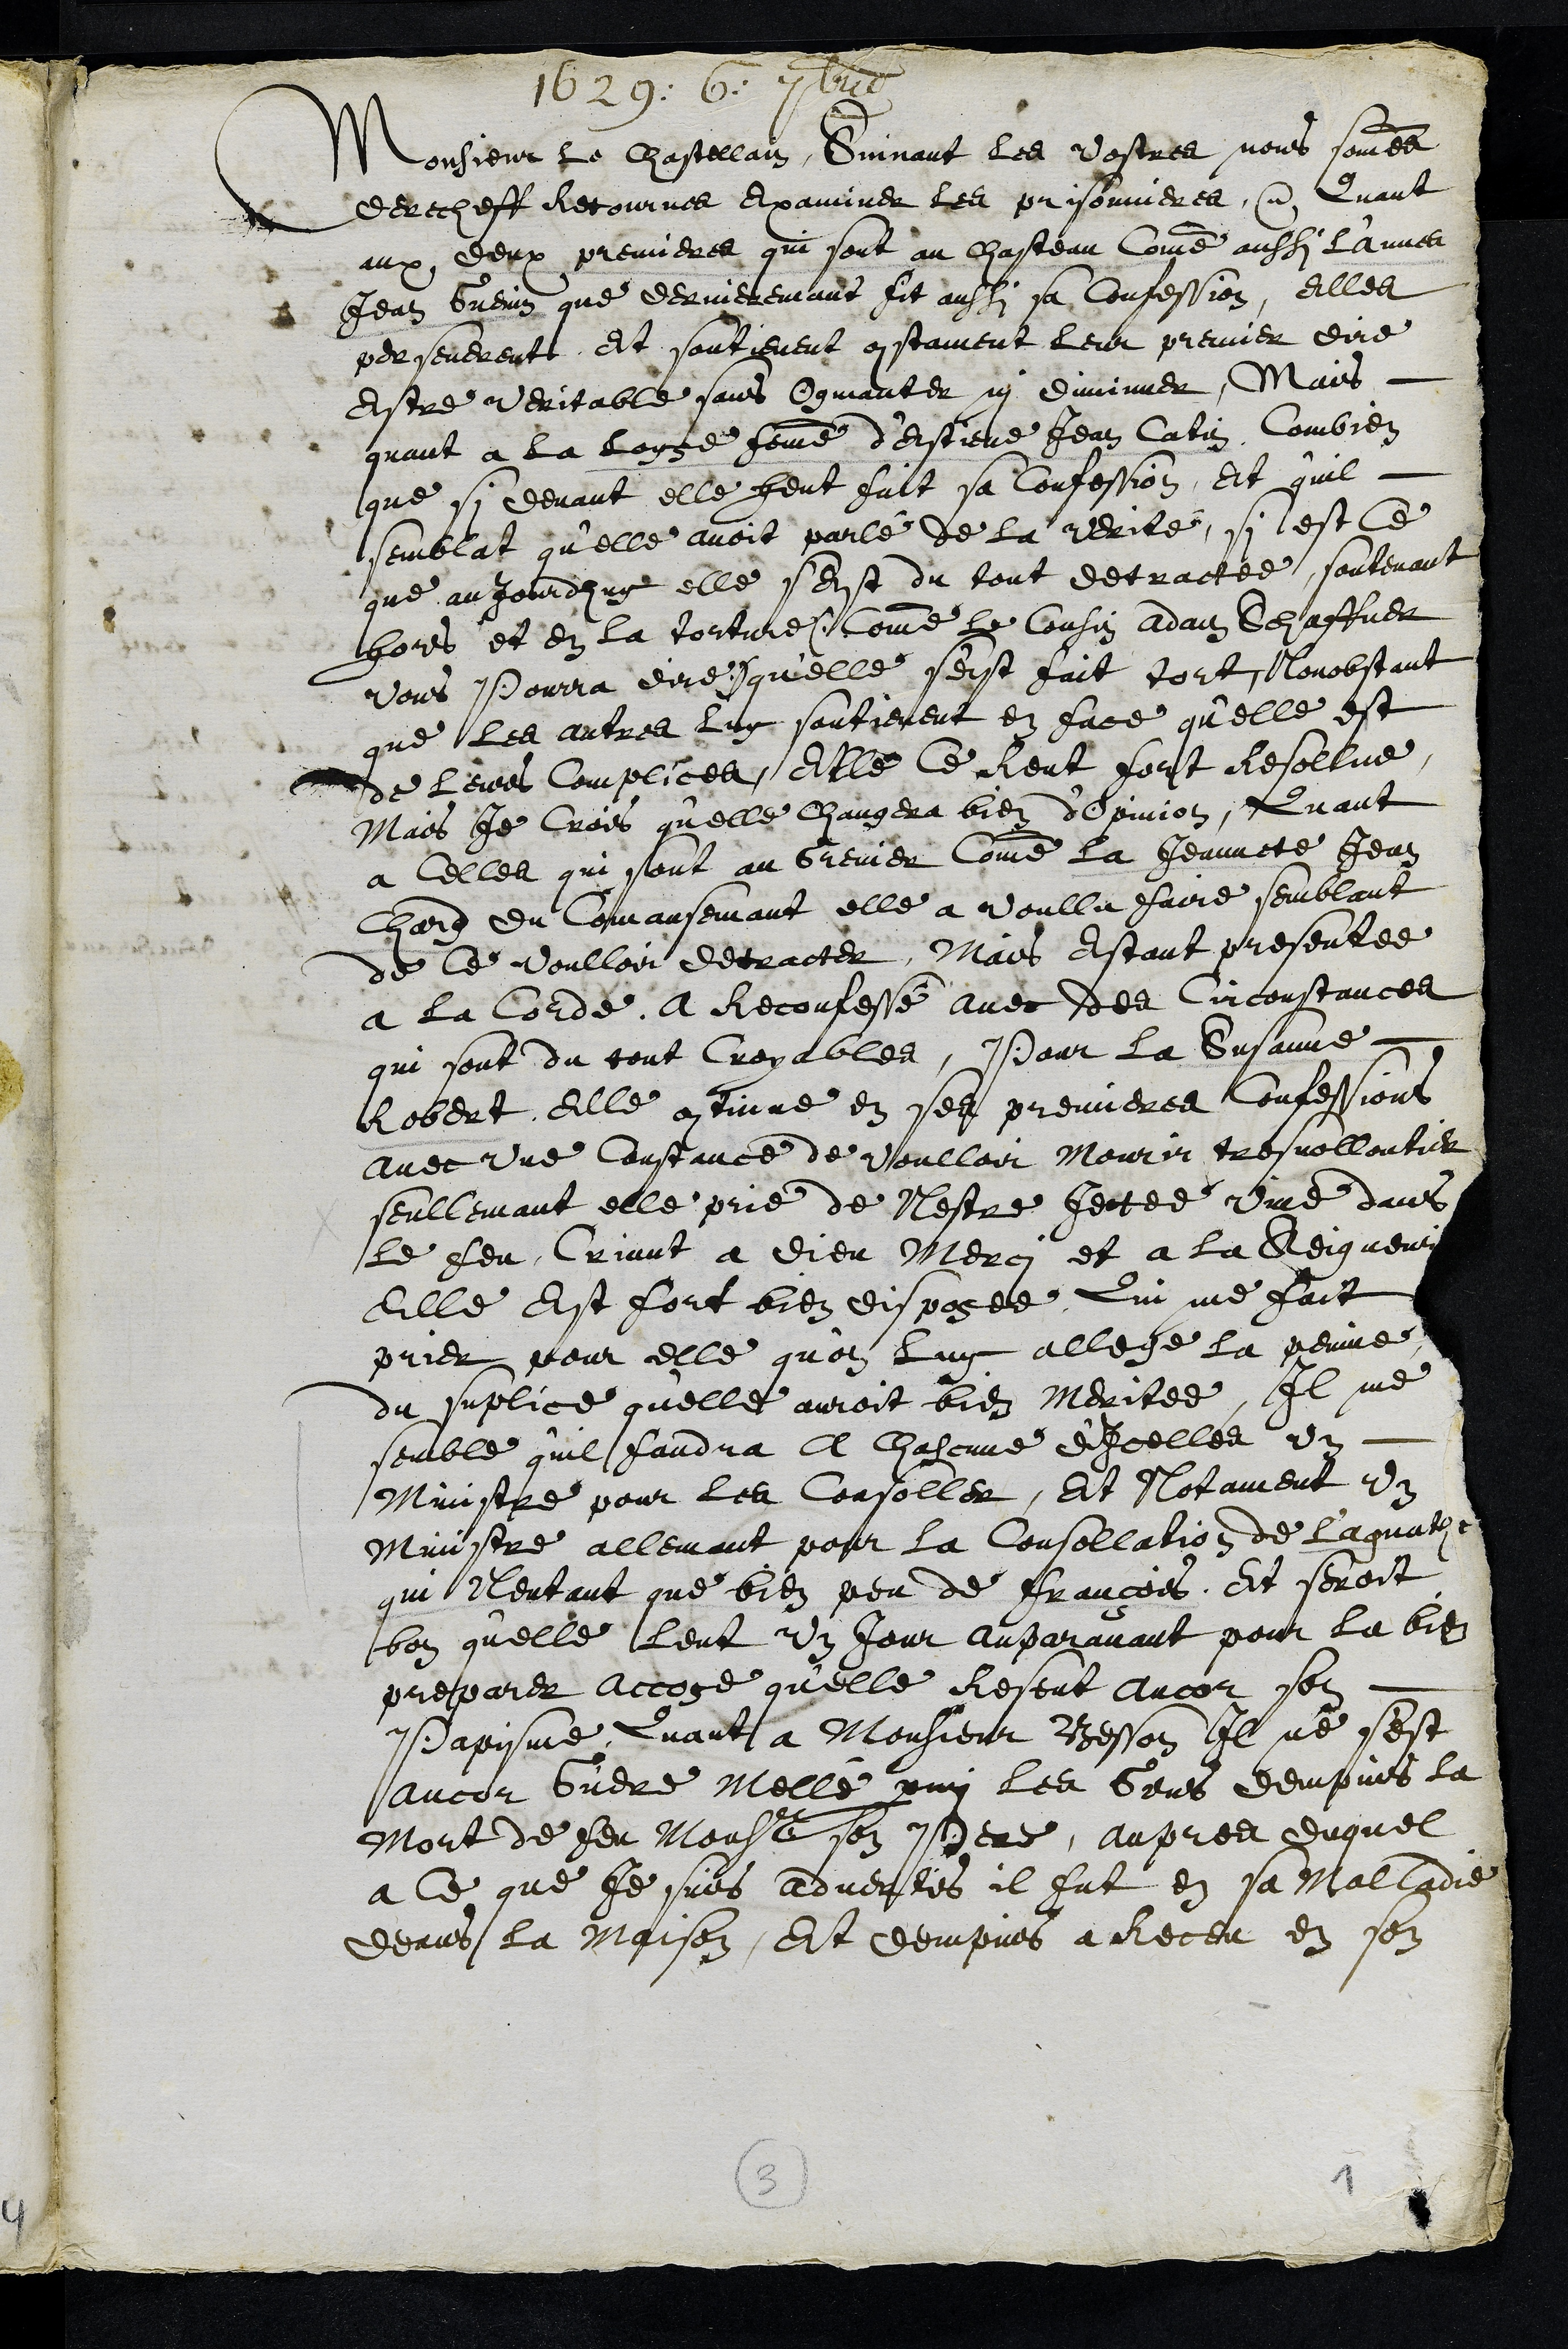
1629. 6. 7bre
Monsieur le Chastellain Suivant les Vostres nous sommes
derecheff Retournes examiner les prisonnieres. Quant
aux deux premieres qui sont au chasteau Comme aussi l'Annes
Jean Guenin que dernierement fit aussi sa Confession, elles
perseverent Et soutienent constament leur premier dire
estre veritable sans Ogmanter ny diminuer, Mais
quant a la Loyse femme d’Estiene Jean Catin, combien
que si devant elle heut fait sa Confession, Et qu'il
semblat qu'elle avoit parlé de la verité, si est Ce
que aujourdhuy elle sest du tout detractee soutenant
hors et en la torture (comme le Cousin Adam Schaffner
vous Pourra dire) qu'elle s'est fait tort, Nonobstant
que les autres luy soutienent en face qu'elle est
de leurs complices, Elle Ce Rent fort Resollue
Mais Je crois qu'elle changera bien d'Opinion, Quant
a celles qui sont au Grenier comme la Jeannete Jean
Chard du Comansemant elle a voullu faire semblant
de ce voulloir detracter, Mais estant presentee
a la Corde a Reconfessé avec des circonstances
qui sont du tout croyables, Pour la Susanne
Robert, elle continue en ses premieres Confessions
avec une constance de voulloir mourir tres vollontier
seullemant elle prie de Nestre jectee vive dans
le feu Criant a Dieu merci et a la Seigneurie
Elle est fort bien disposee, Qui me fait
prier pour elle quon luy allege la peinne
du suplice qu'elle auroit bien meritee, Il me
semble quil faudra A Chascune d'icelles un
Ministre pour les Consoller, Et Notament un
Ministre allemant pour la consollation de l'Aguathe
qui Nentant que bien peu de François, Et seroit
bon qu'elle leut un jour auparavant pour la bien
preparer accose qu'elle Resent Ancor son
Papisme, Quant a Monsieur Besson il ne s'est
ancor Guere Mellé parmi les Gens dempuis la
Mort de feu Monsieur son Pere, aupres duquel
a Ce que je suis advertis il fut en sa malladie
deans la maison, Et dempuis a receu en son
3
1